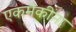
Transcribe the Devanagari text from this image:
एकमेकीना